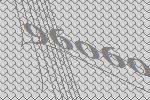
96060